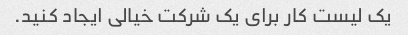
یک لیست کار برای یک شرکت خیالی ایجاد کنید.